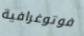
فوتوغرافية